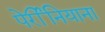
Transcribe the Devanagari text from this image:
पेर्रीनियाना